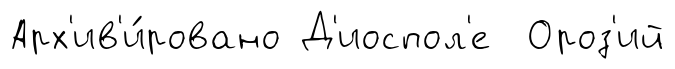
Арх'ив'и́ровано Д'иоспол'е Ороз'ий